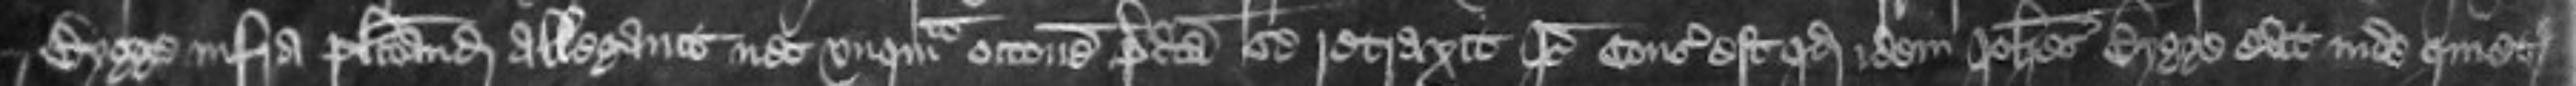
Bygge infra placitando allegavit nec unquam occasione predicta se retraxit Ideo consideratum est quod Johannes Bygge eat inde quietus